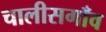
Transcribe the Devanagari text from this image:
चालीसगाँव